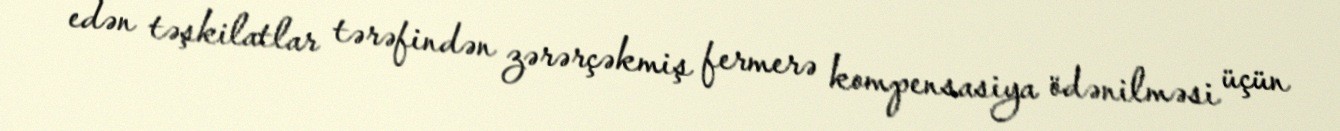
edən təşkilatlar tərəfindən zərərçəkmiş fermerə kompensasiya ödənilməsi üçün